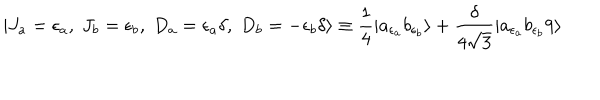
| J _ { a } = { \epsilon _ { a } } , \; J _ { b } = { \epsilon _ { b } } , \; D _ { a } = \epsilon _ { a } \delta , \; D _ { b } = - \epsilon _ { b } \delta \rangle \equiv { \frac { 1 } { 4 } } | a _ { \epsilon _ { a } } b _ { \epsilon _ { b } } \rangle + { \frac { \delta } { 4 \sqrt { 3 } } } | a _ { \epsilon _ { a } } b _ { \epsilon _ { b } } 9 \rangle